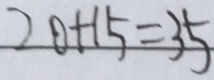
2 0 + 1 5 = 3 5